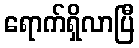
ရောက်ရှိလာပြီ